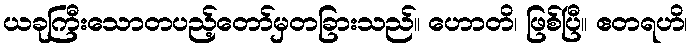
ယခုကြီးသောတပည့်တော်မှတခြားသည်။ ဟောတိ၊ ဖြစ်ပြီ။ ဧတရဟိ၊